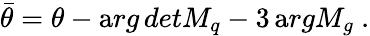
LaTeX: \bar{\theta}=\theta-{\mathrm arg\, det}M_{q}-3\, {\mathrm arg}M_{g}~.